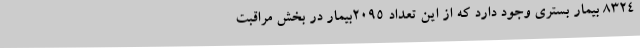
۸۳۲۴ بیمار بستری وجود دارد که از این تعداد ۲۰۹۵بیمار در بخش مراقبت